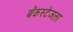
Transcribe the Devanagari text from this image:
बॅकस्टेजला